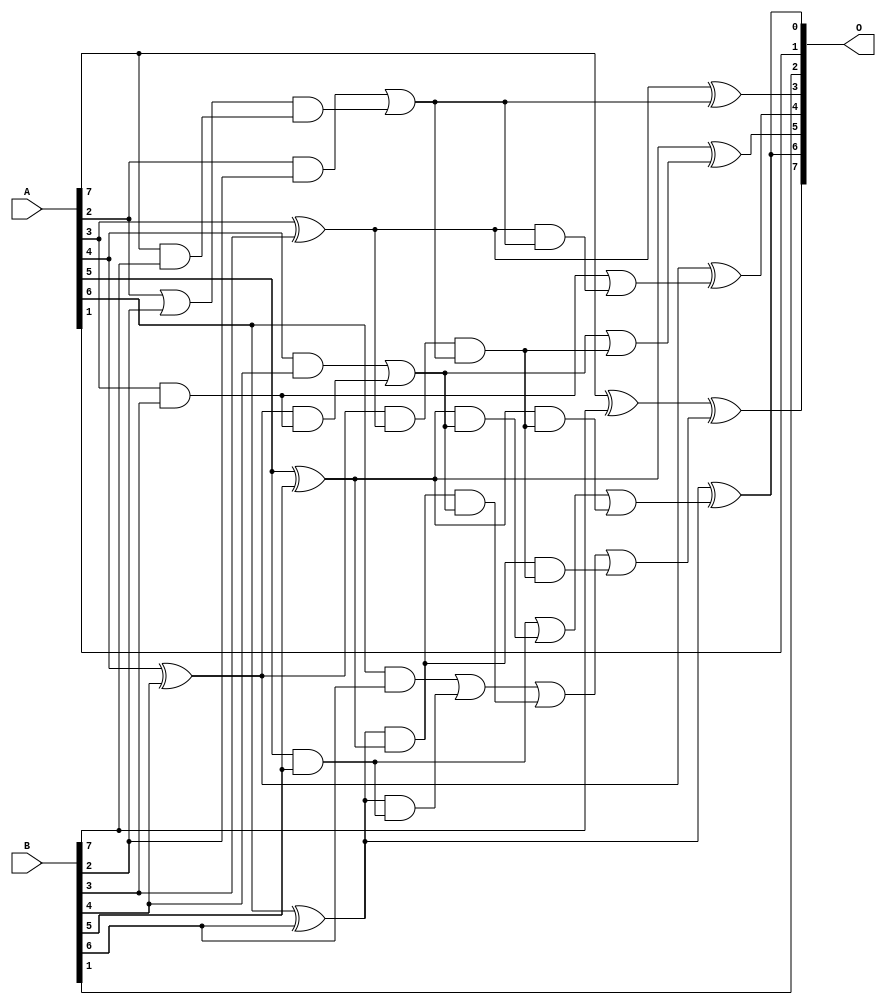
// This program was cloned from: https://github.com/ehw-fit/evoapproxlib
// License: MIT License

/***
* This code is a part of EvoApproxLib library (ehw.fit.vutbr.cz/approxlib) distributed under The MIT License.
* When used, please cite the following article(s): V. Mrazek, L. Sekanina, Z. Vasicek "Libraries of Approximate Circuits: Automated Design and Application in CNN Accelerators" IEEE Journal on Emerging and Selected Topics in Circuits and Systems, Vol 10, No 4, 2020 
* This file contains a circuit from a sub-set of pareto optimal circuits with respect to the pwr and mse parameters
***/
// MAE% = 1.88 %
// MAE = 2.4 
// WCE% = 5.47 %
// WCE = 7.0 
// WCRE% = 400.00 %
// EP% = 87.50 %
// MRE% = 11.76 %
// MSE = 8.4 
// PDK45_PWR = 0.025 mW
// PDK45_AREA = 57.3 um2
// PDK45_DELAY = 0.53 ns

module add8s_6UN (
    A,
    B,
    O
);

input [7:0] A;
input [7:0] B;
output [7:0] O;

wire sig_16,sig_20,sig_21,sig_22,sig_23,sig_24,sig_25,sig_26,sig_27,sig_28,sig_29,sig_30,sig_32,sig_34,sig_35,sig_36,sig_37,sig_38,sig_39,sig_43;
wire sig_44,sig_46,sig_47,sig_49,sig_50,sig_51,sig_52,sig_53,sig_54,sig_55,sig_56,sig_57,sig_60,sig_61,sig_62,sig_63,sig_64;

assign sig_16 = A[7] & B[7];
assign sig_20 = A[2] & B[2];
assign sig_21 = A[2] | B[2];
assign sig_22 = A[3] & B[3];
assign sig_23 = A[3] ^ B[3];
assign sig_24 = A[4] & B[4];
assign sig_25 = A[4] ^ B[4];
assign sig_26 = A[5] & B[5];
assign sig_27 = A[5] ^ B[5];
assign sig_28 = A[6] & B[6];
assign sig_29 = A[6] ^ B[6];
assign sig_30 = A[7] ^ B[7];
assign sig_32 = sig_21 & sig_16;
assign sig_34 = sig_25 & sig_22;
assign sig_35 = sig_25 & sig_23;
assign sig_36 = sig_24 | sig_34;
assign sig_37 = sig_29 & sig_26;
assign sig_38 = sig_29 & sig_27;
assign sig_39 = sig_28 | sig_37;
assign sig_43 = sig_20 | sig_32;
assign sig_44 = sig_27 & sig_36;
assign sig_46 = sig_26 | sig_44;
assign sig_47 = sig_38 & sig_36;
assign sig_49 = sig_39 | sig_47;
assign sig_50 = sig_23 & sig_43;
assign sig_51 = sig_22 | sig_50;
assign sig_52 = sig_35 & sig_43;
assign sig_53 = sig_36 | sig_52;
assign sig_54 = sig_27 & sig_52;
assign sig_55 = sig_46 | sig_54;
assign sig_56 = sig_38 & sig_52;
assign sig_57 = sig_49 | sig_56;
assign sig_60 = sig_23 ^ sig_43;
assign sig_61 = sig_25 ^ sig_51;
assign sig_62 = sig_27 ^ sig_53;
assign sig_63 = sig_29 ^ sig_55;
assign sig_64 = sig_30 ^ sig_57;

assign O[7] = sig_64;
assign O[6] = sig_63;
assign O[5] = sig_62;
assign O[4] = sig_61;
assign O[3] = sig_60;
assign O[2] = B[1];
assign O[1] = A[1];
assign O[0] = sig_63;

endmodule